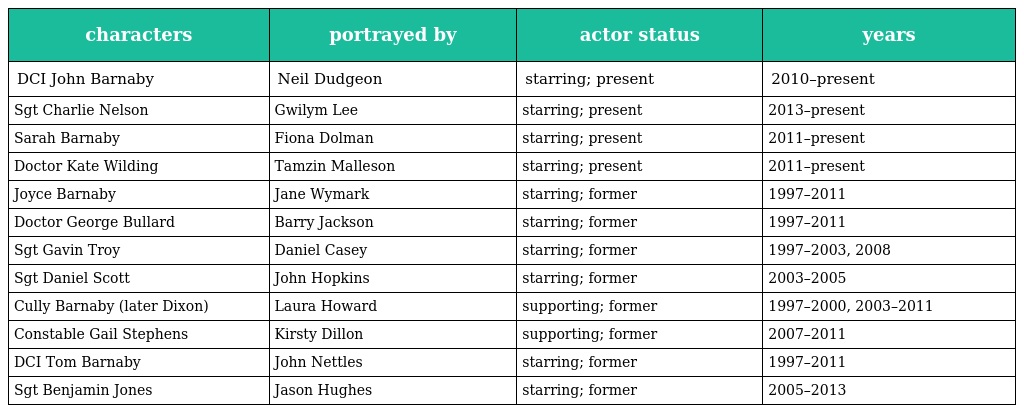
| characters | portrayed by | actor status | years |
 | --- | --- | --- | --- |
 | DCI John Barnaby | Neil Dudgeon | starring; present | 2010–present |
 | Sgt Charlie Nelson | Gwilym Lee | starring; present | 2013–present |
 | Sarah Barnaby | Fiona Dolman | starring; present | 2011–present |
 | Doctor Kate Wilding | Tamzin Malleson | starring; present | 2011–present |
 | Joyce Barnaby | Jane Wymark | starring; former | 1997–2011 |
 | Doctor George Bullard | Barry Jackson | starring; former | 1997–2011 |
 | Sgt Gavin Troy | Daniel Casey | starring; former | 1997–2003, 2008 |
 | Sgt Daniel Scott | John Hopkins | starring; former | 2003–2005 |
 | Cully Barnaby (later Dixon) | Laura Howard | supporting; former | 1997–2000, 2003–2011 |
 | Constable Gail Stephens | Kirsty Dillon | supporting; former | 2007–2011 |
 | DCI Tom Barnaby | John Nettles | starring; former | 1997–2011 |
 | Sgt Benjamin Jones | Jason Hughes | starring; former | 2005–2013 |